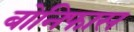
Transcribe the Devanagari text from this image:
बोनिफास